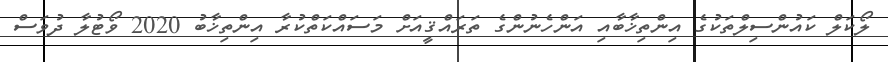
ލޯކަލް ކައުންސިލްތަކުގެ އިންތިޚާބާއި އަންހެނުންގެ ތަރައްޤީއަށް މަސައްކަތްކުރާ އިންތިޚާބު 2020 ވޯޓުލާ ދުވަސް